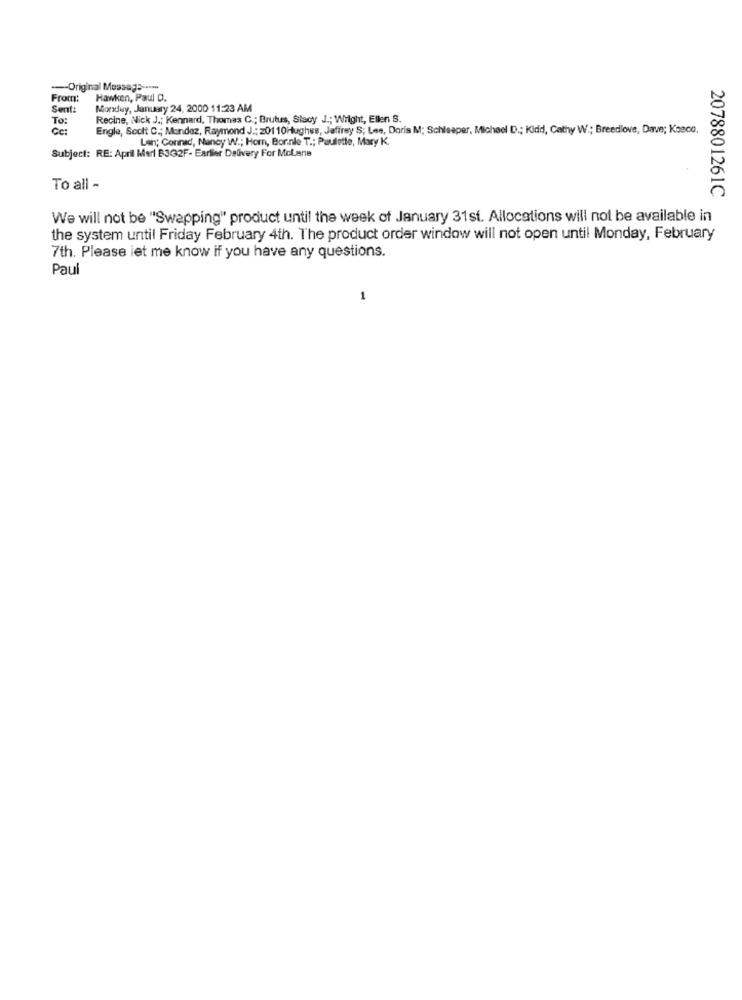
-Original Message -----
From:
Hawken, Paul D.
Sent:
Monday, January 24, 2000 11:23 AM
To:
Recine, Nick J .; Kennard, Thomas C .; Brutus, Stacy J .; Wright, Ellen S.
Cc:
Engle, Scott C .; Mandez, Raymond J .: z0110Hughes, Jaffrey S; Les, Doris M; Schleaper, Michael D .; Kidd, Cathy W .; Breedlove, Dave; Kseco.
Len; Connad, Nancy W .; Horn, Bor.nie T .; Paulette, Mary K.
Subject: RE: April Marl B3G2F- Earlier Delivery For McLane
To all -
2078801261C
We will not be "Swapping" product until the week of January 31st. Allocations will not be available in
the system until Friday February 4th. The product order window will not open until Monday, February
7th. Please let me know if you have any questions.
Paul
1